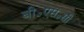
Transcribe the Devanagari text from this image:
बी॰एस॰सी